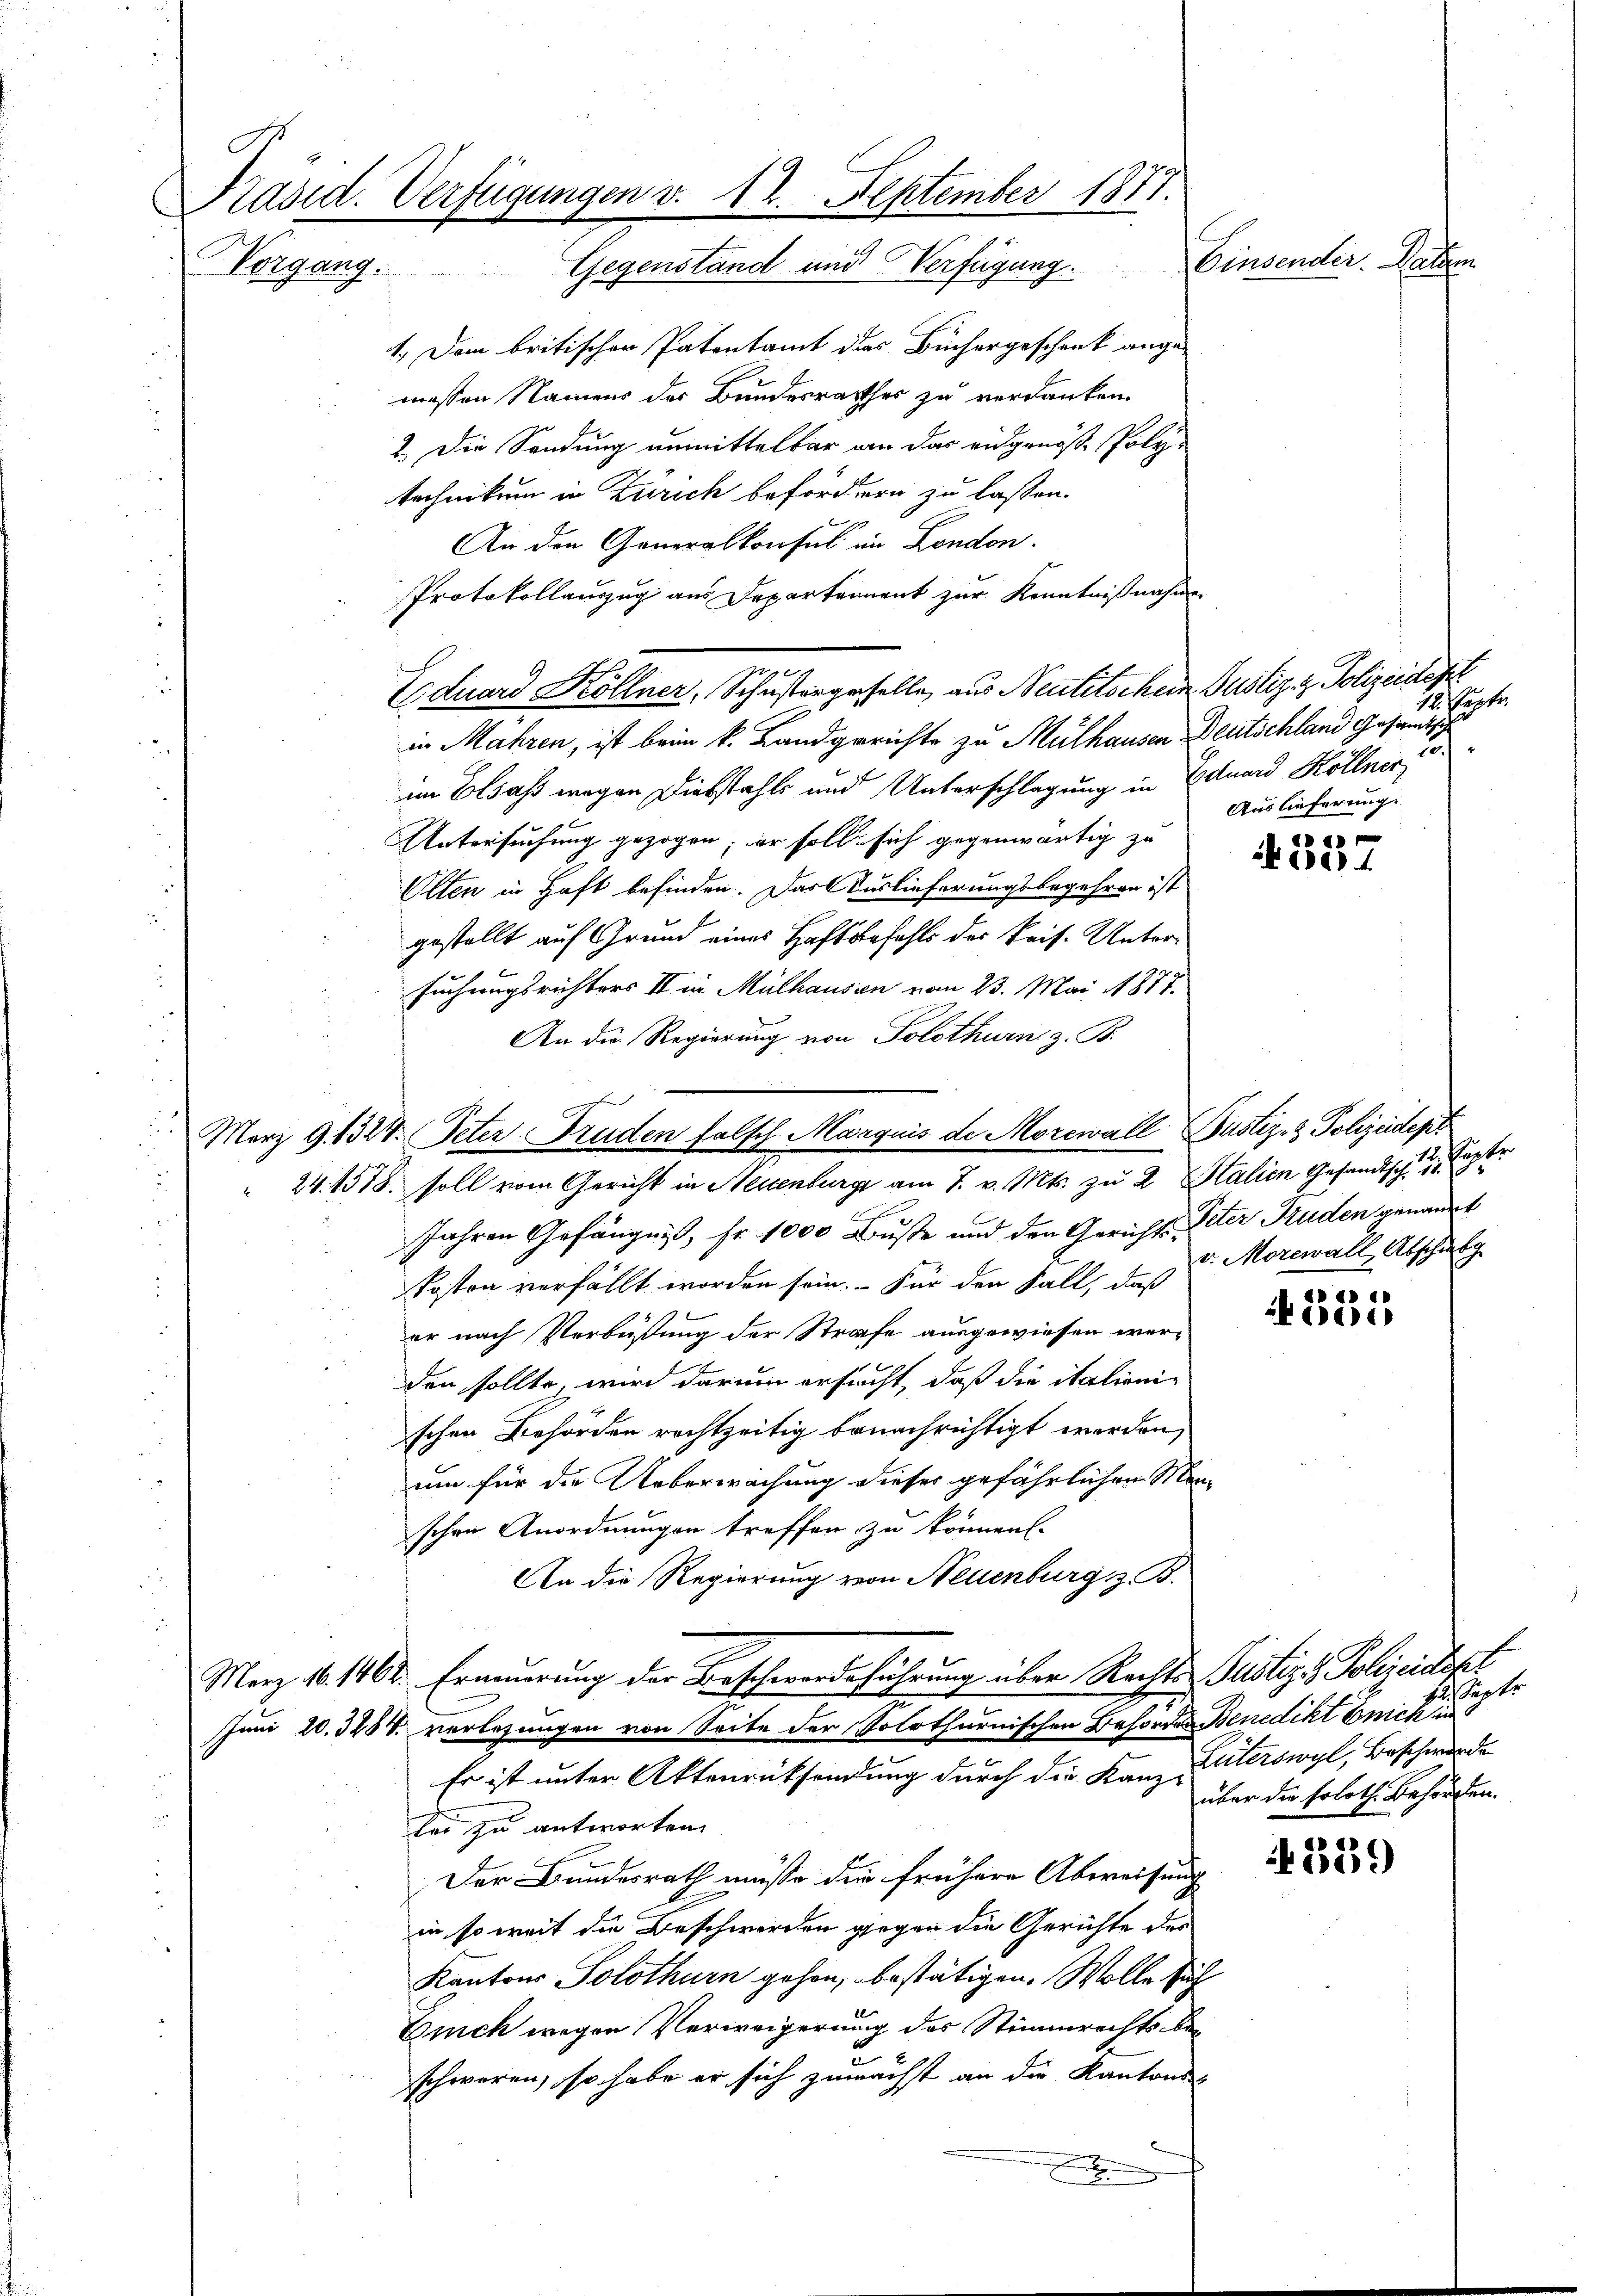
i

Präsid. Verfügungen v. 12. September 1877.
Einsender. Datum
Vorgang.
Gegenstand und Verfügung.

März 9. 1324. Peter Truden falsch. Marquis de Morewall Justiz- & Polizeident

1.) Dem britischen Patentamt das Büchergeschenk ange-
messen Namens des Bundesrathes zu verdanken.
2. Die Sendung unmittelbar von das eidgenöße Poly-
technikum in Zürich befördern zu lassen.
An den Generalkonsul in London.
in Mahren, ist beim k. Landgerichte zu Mülhausen Deutschland Gesandthe
im Elsass wegen Diebstahls und Unterschlagung in Eduard Köllner
Untersuchung gezogen; er soll sich gegenwärtig zu
Olten in Haft befinden. Das Auslieferungsbegehren ist
gestellt auf Grund eines Haftbefehls der kais. Untersuchungsrichters II in Mülhausien vom 23. Mai 1877.
An die Regierung von Solothurn z. B.
 24. 1578. soll vom Gericht in Neuenburg am 7. v. Mts. zu 2. Stalien Gesandtsch 1 1
Jahren Gefängnis, Fr. 1000 Buße und den Gerichts-Peter Truden genannt
Posten verfällt worden sein. Für den Fall, daß
er nach Verbüßung der Strafe ausgewiesen werden sollte, wird darum ersucht, daß die italienischen Behörden rechtzeitig benachrichtigt worden,
um für die Ueberwachung dieser gefährlichen Menschen Anordnungen treffen zu können.
An die Regierung von Neuenburg z. B.
Merz 10. 1468. Erneuerung der Beschwerdeführung über Rechts Justiz & Polizeidigt
Juni 20. 3284 verlesungen von Seite der Polothurnischen Behörde Benedikt nich
Er ist unter Aktenrücksendung durch die Kanz Paterswyl, Beschwerde
lei zu antworten.
Der Bundesrath müsse die frühere Abweisung
in so weit die Beschwerden gegen die Gerichte des
Kantons Solothurn gehen, bestätigen. Wolle sich
Eich wegen Verweigerung des Stimmrechts beschworen, so habe er sich zunächst an die Kantons-
e

Protokollauszug aus Departement zur Kenntnißnahme
Eduard Köllner, Schustergeselle, aus Neutitschein Gustiz- & Polizeidept

12. Sept.
u
Auslieferung.

557

eptr
v. Morewall Abschulg

i
e

Septe
über die soloth. Behörden.

if. 219